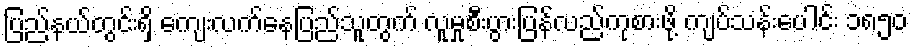
ပြည်နယ်တွင်းရှိ ကျေးလက်နေပြည်သူတွက် လူမှုစီးပွားပြန်လည်ကုစားဖို့ ကျပ်သန်းပေါင်း ၁၈၅၀